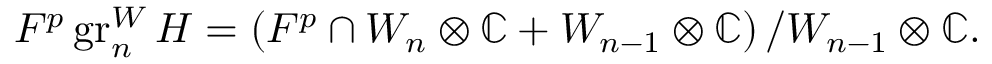
F ^ { p } \operatorname { g r } _ { n } ^ { W } H = \left( F ^ { p } \cap W _ { n } \otimes \mathbb { C } + W _ { n - 1 } \otimes \mathbb { C } \right) / W _ { n - 1 } \otimes \mathbb { C } .